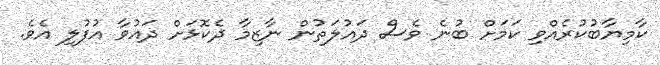
ކާމިޔާބުކުރެއްވި ކަމަށް ބުނެ ވެސް ދައުލަތުން ނާޒިމާ ދެކޮޅަށް ދައުވާ އުފުލި އެވެ.